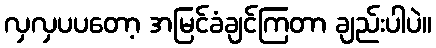
လှလှပပတော့ အမြင်ခံချင်ကြတာ ချည်းပါပဲ။